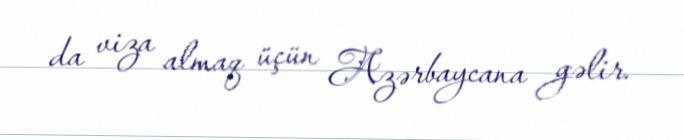
da viza almaq üçün Azərbaycana gəlir.